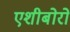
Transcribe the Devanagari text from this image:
एशीबोरो